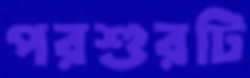
পরশুরটি